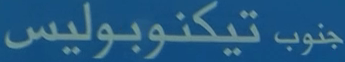
جنوب تيكنوبوليس